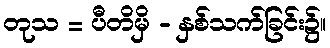
တုသ = ပီတိမှိ - နှစ်သက်ခြင်း၌။